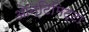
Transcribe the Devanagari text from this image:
ओन्टिमिट्टा